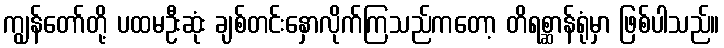
ကျွန်တော်တို့ ပထမဦးဆုံး ချစ်တင်းနှောလိုက်ကြသည်ကတော့ တိရစ္ဆာန်ရုံမှာ ဖြစ်ပါသည်။